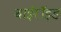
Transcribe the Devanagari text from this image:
थाईरॉइड